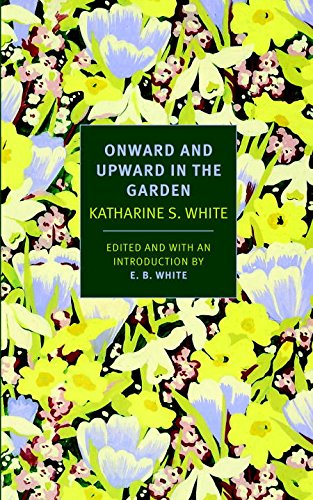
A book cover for Onward and Upward in the Garden (New York Review Books Classics); Katherine S. White; Crafts, Hobbies & Home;